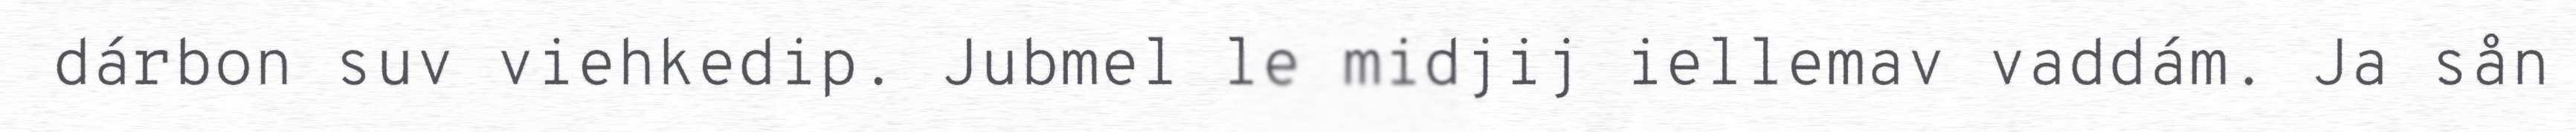
dárbon suv viehkedip. Jubmel le midjij iellemav vaddám. Ja sån